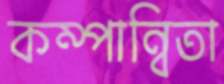
কম্পান্বিতা